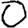
Digit: 0